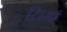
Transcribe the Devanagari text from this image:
सिमाँ